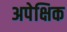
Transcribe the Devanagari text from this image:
अपेक्षिक